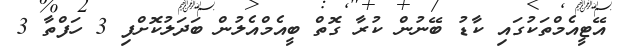
އޭޓީއެމްތަކުގައި ކާޑު ބޭނުން ކުރާ ގޮތް ބީއެމްއެލުން ބަދަލުކޮށްފި 3 ހަފްތާ 3